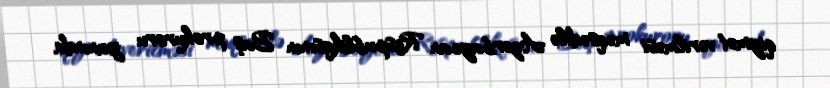
qiymət verilməsi məqsədilə Azərbaycan Respublikasının Baş prokuroru yanında